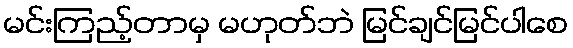
မင်းကြည့်တာမှ မဟုတ်ဘဲ မြင်ချင်မြင်ပါစေ